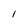
Character: l